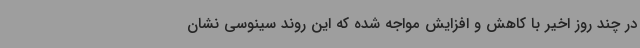
در چند روز اخیر با کاهش و افزایش مواجه شده که این روند سینوسی نشان